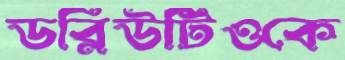
ডব্লিউটিওকে